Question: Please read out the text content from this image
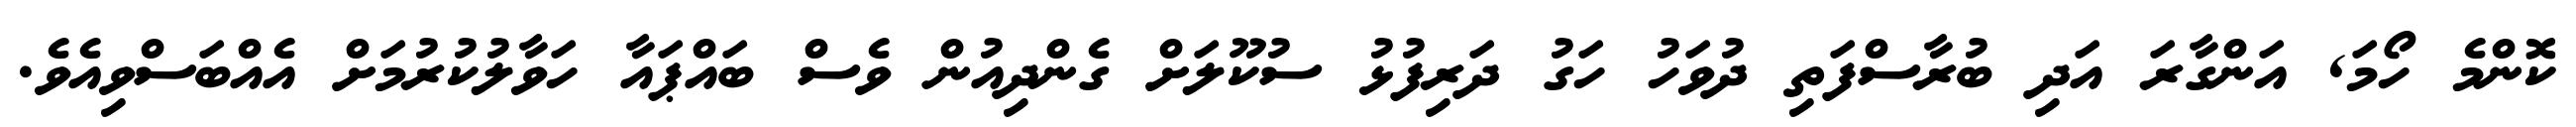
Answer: ކޮންމެ ހޯމަ, އަންގާރަ އަދި ބުރާސްފަތި ދުވަހު ހަގު ދަރިފުޅު ސުކޫލަށް ގެންދިއުން ވެސް ބައްޕައާ ހަވާލުކުރުމަށް އެއްބަސްވިއެވެ.